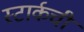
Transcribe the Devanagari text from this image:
स्टार्कची